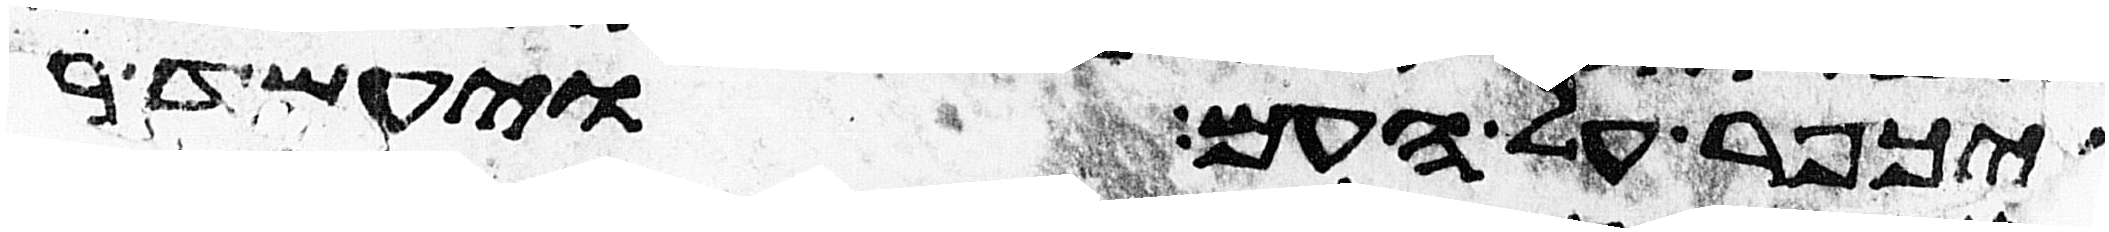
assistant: ויכפר על העם ויעמד